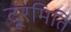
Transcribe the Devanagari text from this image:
दूरमिति